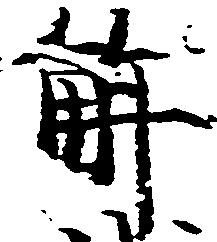
解